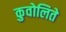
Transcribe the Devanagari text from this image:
कुवोलिते